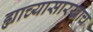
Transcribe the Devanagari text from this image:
ह्याच्यासारखाच